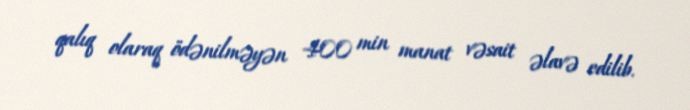
qalıq olaraq ödənilməyən 400 min manat vəsait əlavə edilib.